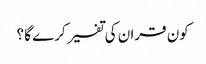
کون قران کی تفسیر کرے گا ؟